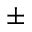
\pm